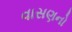
વાસણનો